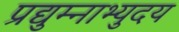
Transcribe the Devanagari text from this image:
प्रद्युम्नाभ्युदय